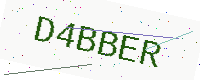
Text: D4BBER